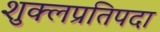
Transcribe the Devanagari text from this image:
शुक्लप्रतिपदा